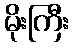
မိုးကြီး